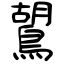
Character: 鶦